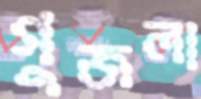
গুজলা